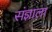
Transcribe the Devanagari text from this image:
संज्ञाला